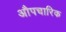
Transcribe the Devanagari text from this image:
अाैपचारिक